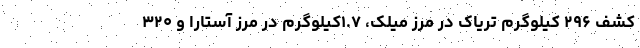
کشف ۲۹۶ کیلوگرم تریاک در مرز میلک، ۱.۷کیلوگرم در مرز آستارا و ۳۲۰